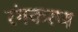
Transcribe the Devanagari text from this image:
रंगकरण